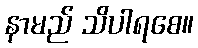
နာမည် သိပါရစေ။